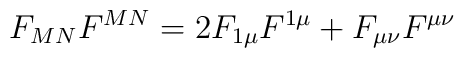
F_{MN}F^{MN}=2F_{1\mu}F^{1\mu}+F_{\mu\nu}F^{\mu\nu}